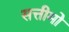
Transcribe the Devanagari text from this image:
सत्तीमो